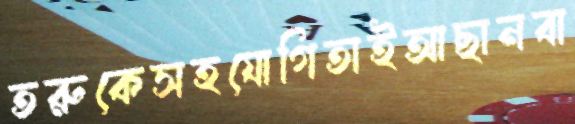
তরুকেসহযোগিতাইআছানবা